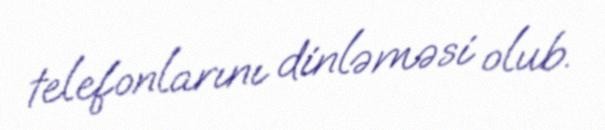
telefonlarını dinləməsi olub.